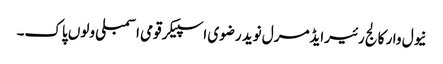
نیول وار کالج رئیرایڈمرل نوید رضوی اسپیکر قومی اسمبلی ولوں پاک۔